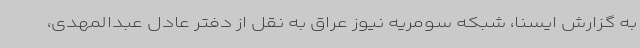
به گزارش ایسنا، شبکه سومریه نیوز عراق به نقل از دفتر عادل عبدالمهدی،